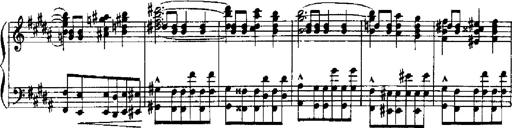
Title: RÃ©miniscences de Robert le diable
Composer: Franz Liszt